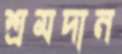
শ্রমদান